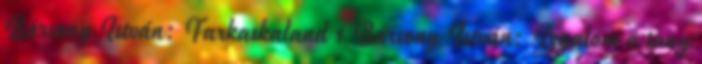
Bársony István: Farkaskaland 1 Bársony István: Izgalom a tany